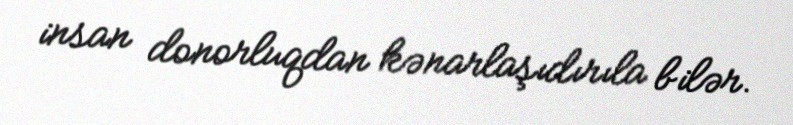
insan donorluqdan kənarlaşıdırıla bilər.